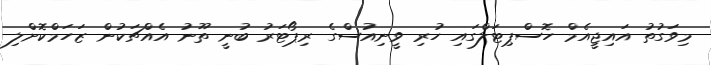
މިވަގުތު އައިޖީއެމް ހޮސްޕިޓަލްގައި ހުރި ވީނިއުސްގެ ރިޕޯޓަރު ބުނީ ތޫނު އެއްޗަކުން ޒަހަމްކޮށްލި